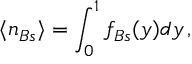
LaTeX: \langle n _ { B s } \rangle = \int _ { 0 } ^ { 1 } f _ { B s } ( y ) d y \, ,